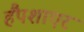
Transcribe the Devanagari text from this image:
हैंपशाएर